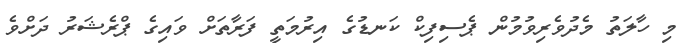
މި ހާލަތު މެދުވެރިވުމުން ޕެސިފިކް ކަނޑުގެ އިރުމަތީ ފަރާތަށް ވައިގެ ޕްރެޝަރު ދަށްވެ